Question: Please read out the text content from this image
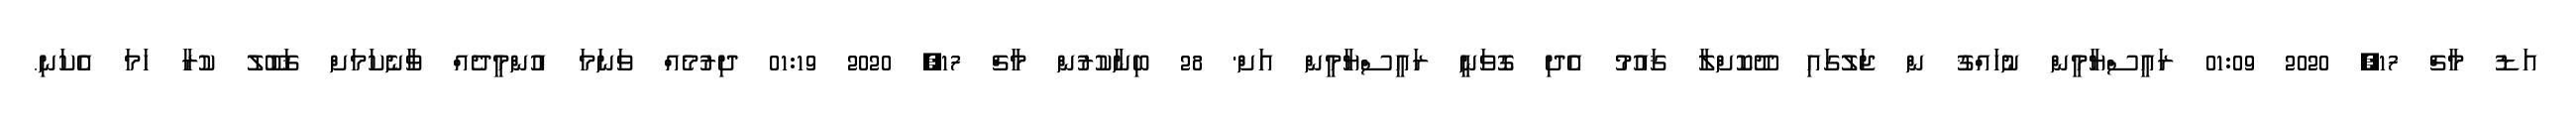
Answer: އަޑު މާޗް 17, 2020 01:09 ރައީސްޔާމީން ނުހައްޤު ން ޖަލުގައި ދޫކޮށްލާ ޤައުމު އެދި ގޮވަނީ ރައީސްޔާމީން އަށް' 28 ބިނާކުރުން މާޗް 17, 2020 01:19 ދިރުމެއް ވަނަމަ އުންމީދެއް ވާނެކަމަށް ޤަބޫލު ކުރާ ހަމަ އެކަނި.